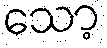
သော့